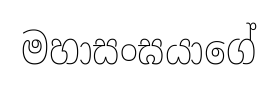
මහාසංඝයාගේ